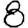
Digit: 8